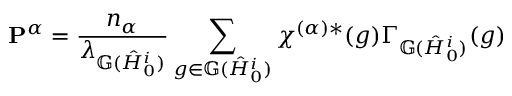
\mathbf { P } ^ { \alpha } = \frac { n _ { \alpha } } { \lambda _ { \mathbb { G } ( \hat { H } _ { 0 } ^ { i } ) } } \sum _ { g \in \mathbb { G } ( \hat { H } _ { 0 } ^ { i } ) } \chi ^ { ( \alpha ) * } ( g ) \Gamma _ { \mathbb { G } ( \hat { H } _ { 0 } ^ { i } ) } ( g )